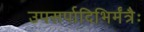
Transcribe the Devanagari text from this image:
उपसर्पादिभिर्मंत्रैः